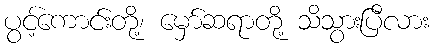
ပွင့်ကောင်းတို့၊ မှော်ဆရာတို့ သိသွားပြီလား